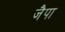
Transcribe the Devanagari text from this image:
जैपा